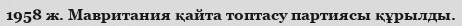
1958 ж. Мавритания қайта топтасу партиясы құрылды.